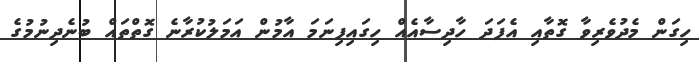
ހިގަން މެދުވެރިވާ ގޮތާއި އެފަދަ ހާދިސާއެއް ހިގައިފިނަމަ އާމުން އަމަލުކުރާނެ ގޮތްތައް ބުނެދިނުމުގެ